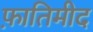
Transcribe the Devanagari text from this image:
फ़ातिमीद